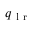
q _ { \mathrm { ~ l ~ r ~ } }